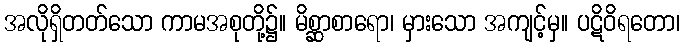
အလိုရှိတတ်သော ကာမအစုတို့၌။ မိစ္ဆာစာရော၊ မှားသော အကျင့်မှ။ ပဋိဝိရတော၊